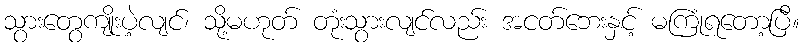
သွားတွေကျိုးပဲ့လျင်၊ သို့မဟုတ် တုံးသွားလျင်လည်း အငတ်ဘေးနှင့် မကြုံရတော့ပြီ။